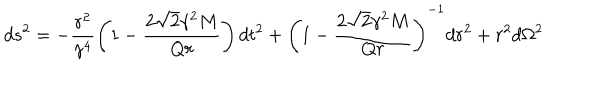
LaTeX: d s ^ { 2 } = - \frac { r ^ { 2 } } { \gamma ^ { 4 } } \left( 1 - \frac { 2 { \sqrt 2 } \gamma ^ { 2 } M } { Q r } \right) d t ^ { 2 } + \left( 1 - \frac { 2 { \sqrt 2 } \gamma ^ { 2 } M } { Q r } \right) ^ { - 1 } d r ^ { 2 } + r ^ { 2 } d \Omega ^ { 2 }